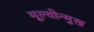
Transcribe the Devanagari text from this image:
मूल्योन्मुख